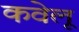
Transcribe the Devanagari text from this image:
कवेलू